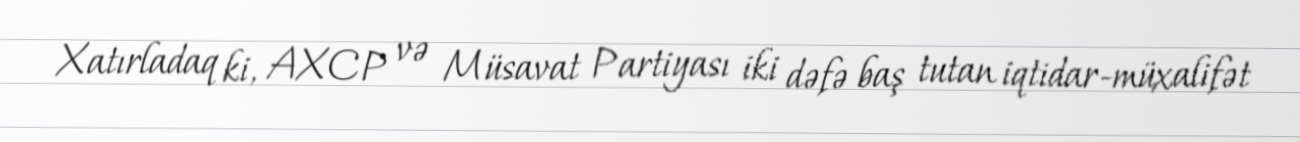
Xatırladaq ki, AXCP və Müsavat Partiyası iki dəfə baş tutan iqtidar-müxalifət